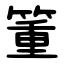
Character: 箽